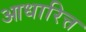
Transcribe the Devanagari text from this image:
आधारित्त